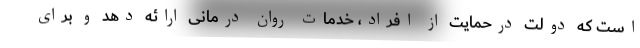
است که دولت درحمایت از افراد، خدمات روان درمانی ارائه دهد و برای